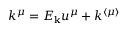
k ^ { \mu } = E _ { \mathbf { k } } u ^ { \mu } + k ^ { \langle \mu \rangle }